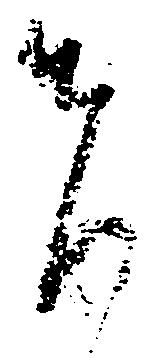
者